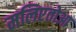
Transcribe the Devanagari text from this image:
मलिएतोआ